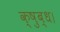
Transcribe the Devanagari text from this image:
क्षुब्ध।